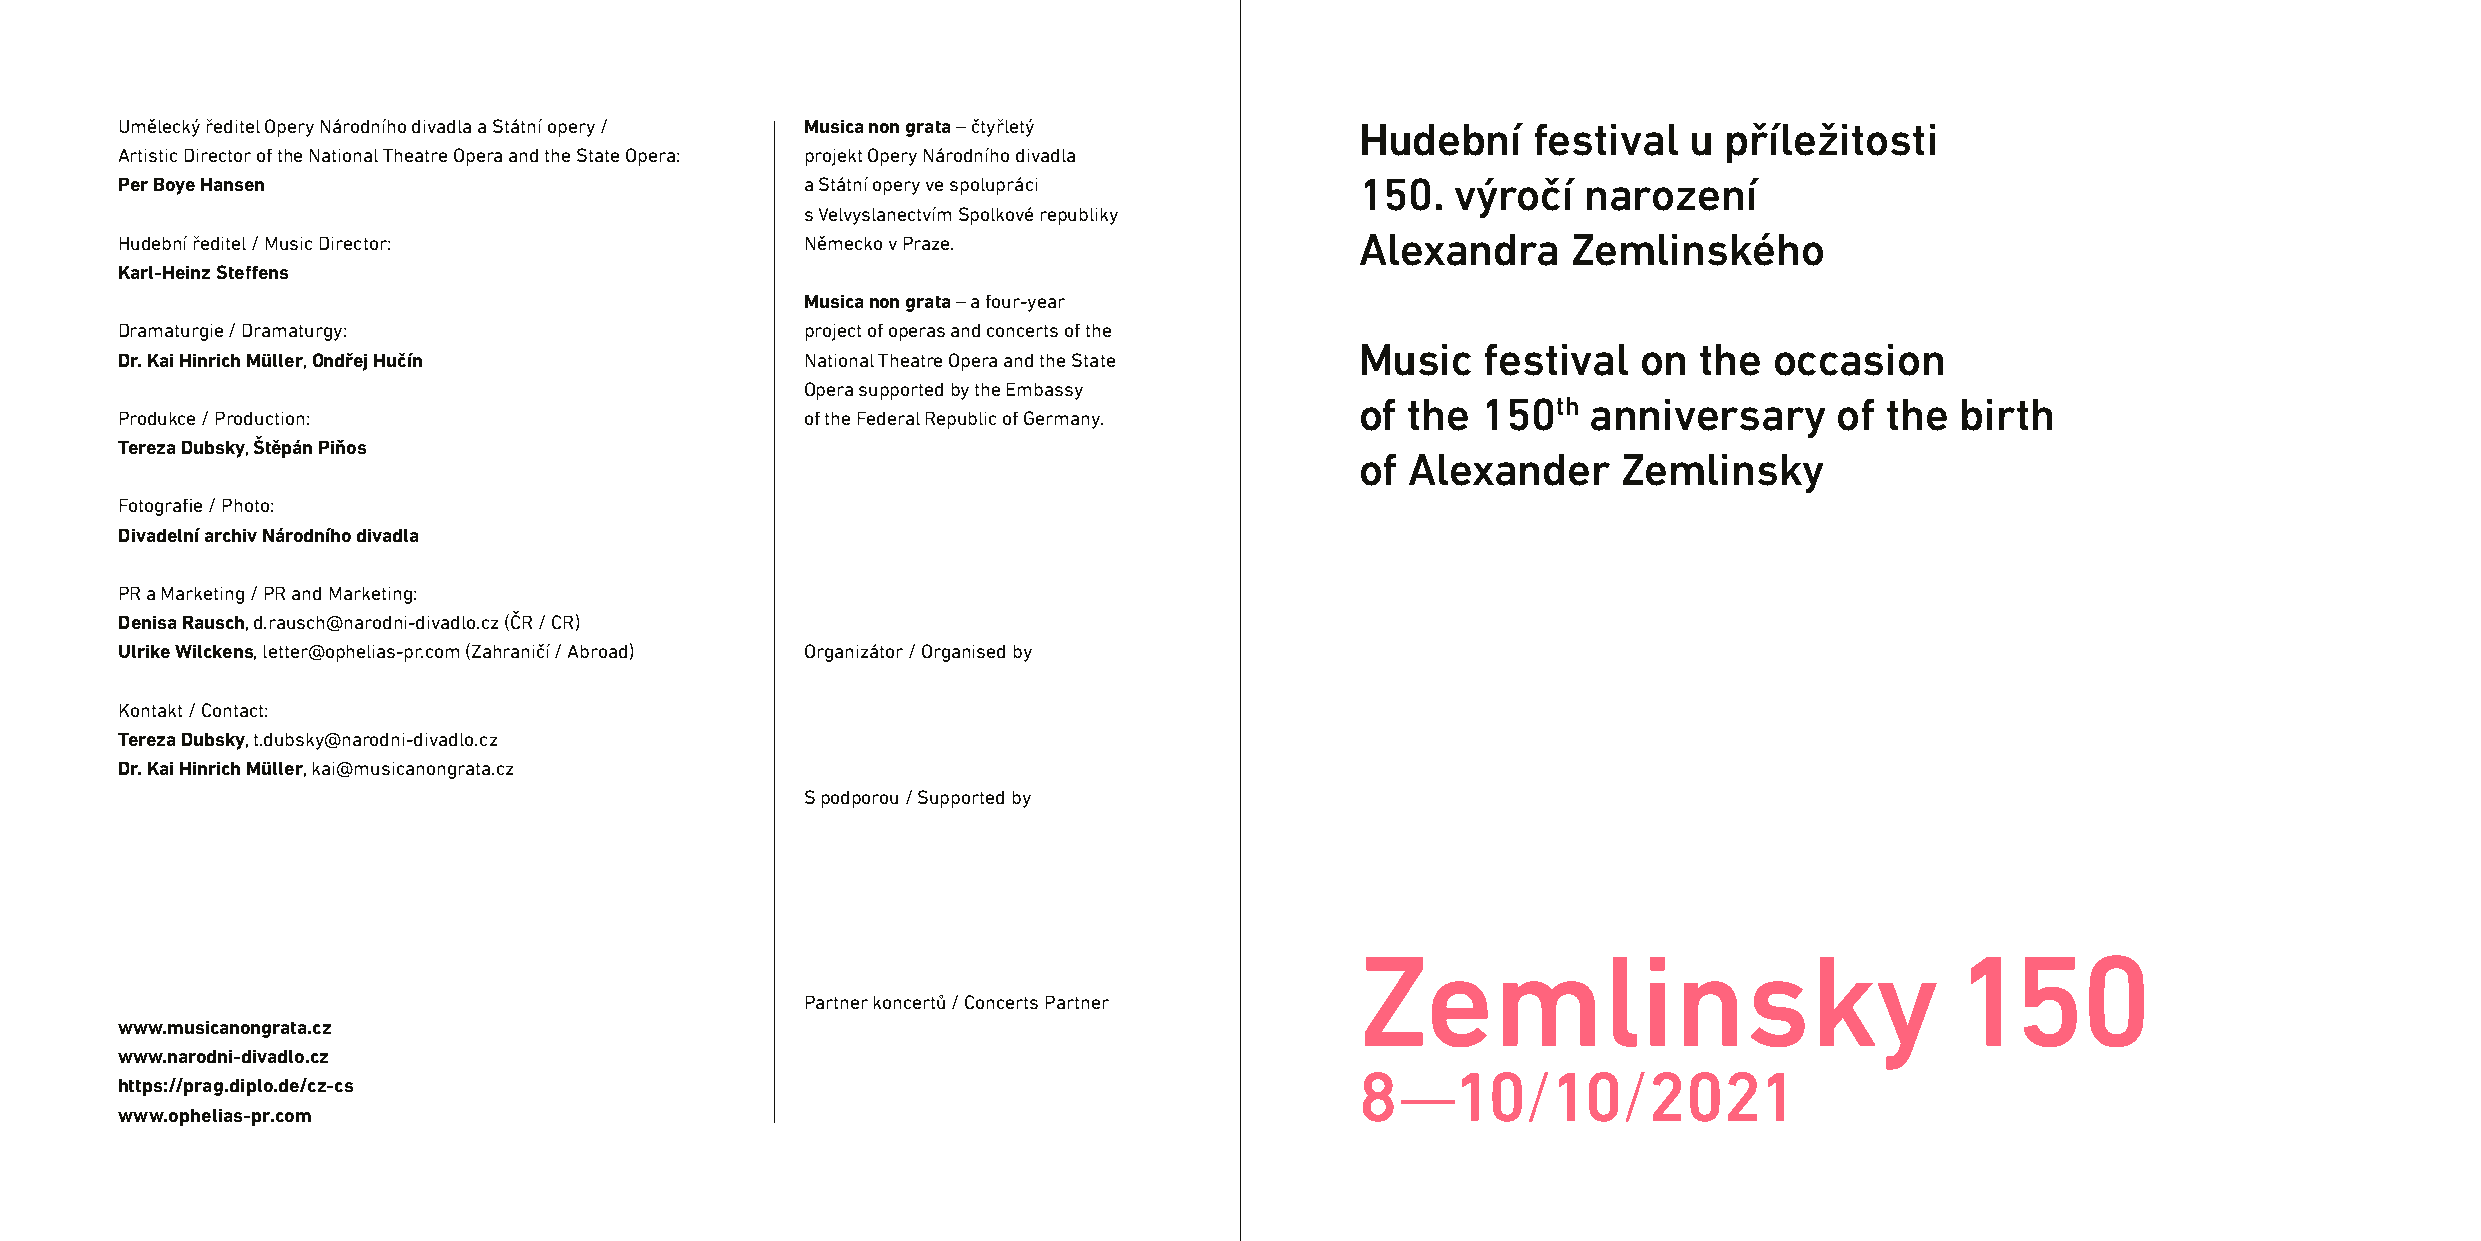
Umělecký ředitel Opery Národního divadla a Státní opery / Musica non grata – čtyřletý Hudební festival  u příležitosti
 Artistic Director of the National Theatre Opera and the State Opera: projekt Opery Národního divadla
 Per Boye Hansen                              a Státní opery ve spolupráci         150.  výročí   narození
 s Velvyslanectvím Spolkové republiky
 Hudební ředitel / Music Director:            Německo v Praze.                     Alexandra     Zemlinského
 Karl-Heinz Steffens
 Musica non grata – a four-year
 Dramaturgie / Dramaturgy:                    project of operas and concerts of the
 Music   festival   on  the occasion
 Dr. Kai Hinrich Müller, Ondřej Hučín         National Theatre Opera and the State
 Opera supported by the Embassy
 of the  150th  anniversary      of the  birth
 Produkce / Production:                       of the Federal Republic of Germany.
 Tereza Dubsky, Štěpán Piňos
 of Alexander     Zemlinsky
 Fotografie / Photo:
 Divadelní archiv Národního divadla
 PR a Marketing / PR and Marketing:
 Denisa Rausch, d.rausch@narodni-divadlo.cz (ČR / CR)
 Ulrike Wilckens, letter@ophelias-pr.com (Zahraničí / Abroad) Organizátor / Organised by
 Kontakt / Contact:
 Tereza Dubsky, t.dubsky@narodni-divadlo.cz
 Dr. Kai Hinrich Müller, kai@musicanongrata.cz
 S podporou / Supported by
 Zemlinsky                              150
 Partner koncertů / Concerts Partner
 www.musicanongrata.cz
 www.narodni-divadlo.cz
 8—10/10/2021
 https://prag.diplo.de/cz-cs
 www.ophelias-pr.com